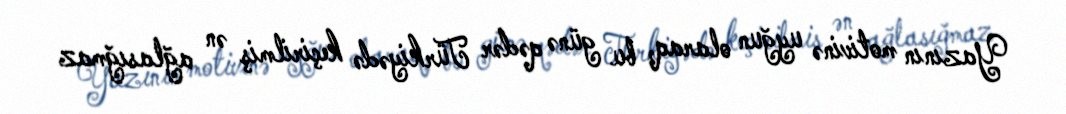
Yazının motivinə uyğun olaraq, bu günə qədər Türkiyədə keçirilmiş ən ağlasığmaz